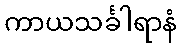
ကာယသင်္ခါရာနံ